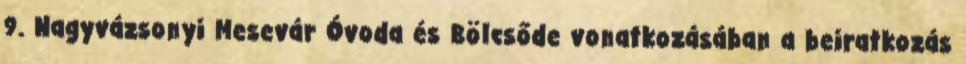
9. Nagyvázsonyi Mesevár Óvoda és Bölcsőde vonatkozásában a beiratkozás